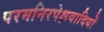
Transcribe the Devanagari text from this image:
परमनिरपेक्षवादियों